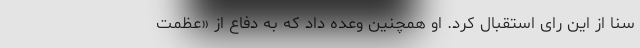
سنا از این رای استقبال کرد. او همچنین وعده داد که به دفاع از «عظمت